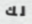
لك